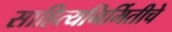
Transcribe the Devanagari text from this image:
साहित्यनिर्मितीचे